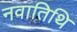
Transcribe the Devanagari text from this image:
नवातिथि